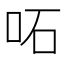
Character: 𠰴